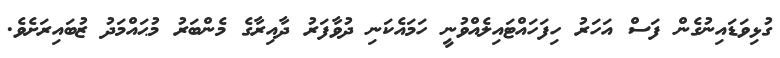
ގުޅިވަޑައިނުގެން ފަސް އަހަރު ހިފަހައްޓައިލެއްވުނީ ހަމައެކަނި ދުވާފަރު ދާއިރާގެ މެންބަރު މުޙައްމަދު ޒުބައިރަށެވެ.